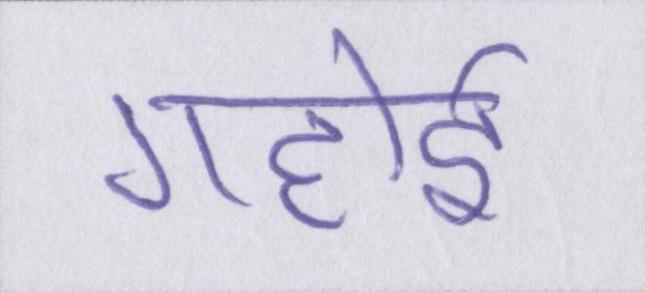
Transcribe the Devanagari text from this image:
गहोई